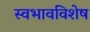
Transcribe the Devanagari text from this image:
स्वभावविशेष